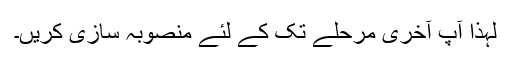
لہذا آپ آخری مرحلے تک کے لئے منصوبہ سازی کریں۔